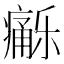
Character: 𱱦